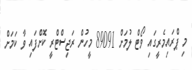
މި ޕްރައިމެރީގައި ވޯޓް ލުމަށް 89091 މީހުން ރަޖިސްޓްރީ ކޮށްފައި ވާ ކަމަށް